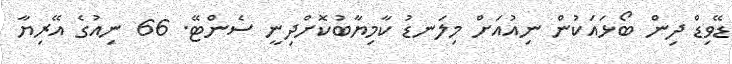
ޑޭވިޑް ދިން ބޯޅައަކުން ނިއުއަށް މިލަނޑު ކާމިޔާބުކޮށްދިނީ ސެންޓޭ. 66 ނިއުގެ އޭރިޔާ